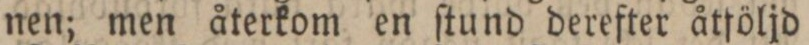
nen; men återkom en ſtund derefter åtföljd